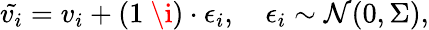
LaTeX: \begin{array}{r}{\tilde{v_{i}}=v_{i}+(1\ \i)\cdot\epsilon_{i},\quad\epsilon_{i}\sim\mathcal{N}(0,\Sigma),}\end{array}